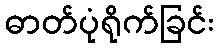
ဓာတ်ပုံရိုက်ခြင်း